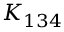
K _ { 1 3 4 }